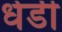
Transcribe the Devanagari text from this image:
धेडी